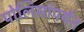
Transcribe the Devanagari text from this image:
पोलिसांपर्यंत